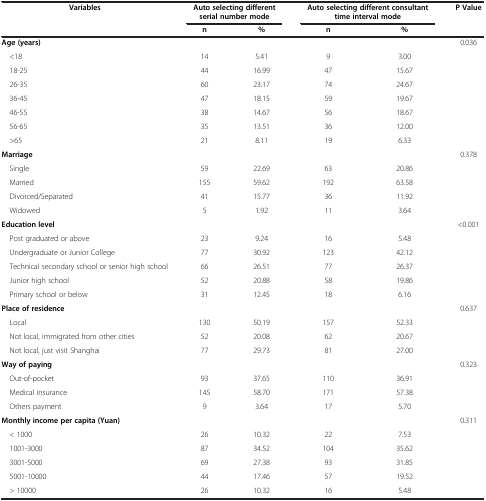
<table><thead><tr><td rowspan="2"><b>Variables</b></td><td colspan="2"><b>Auto selecting different serial number mode</b></td><td colspan="2"><b>Auto selecting different consultant time interval mode</b></td><td rowspan="2"><b>P Value</b></td></tr><tr><td><b>n</b></td><td><b>%</b></td><td><b>n</b></td><td><b>%</b></td></tr></thead><tbody><tr><td><b>Age (years)</b></td><td> </td><td> </td><td> </td><td> </td><td>0.036</td></tr><tr><td> &lt;18</td><td>14</td><td>5.41</td><td>9</td><td>3.00</td><td> </td></tr><tr><td> 18-25</td><td>44</td><td>16.99</td><td>47</td><td>15.67</td><td> </td></tr><tr><td> 26-35</td><td>60</td><td>23.17</td><td>74</td><td>24.67</td><td> </td></tr><tr><td> 36-45</td><td>47</td><td>18.15</td><td>59</td><td>19.67</td><td> </td></tr><tr><td> 46-55</td><td>38</td><td>14.67</td><td>56</td><td>18.67</td><td> </td></tr><tr><td> 56-65</td><td>35</td><td>13.51</td><td>36</td><td>12.00</td><td> </td></tr><tr><td> &gt;65</td><td>21</td><td>8.11</td><td>19</td><td>6.33</td><td> </td></tr><tr><td><b>Marriage</b></td><td> </td><td> </td><td> </td><td> </td><td>0.378</td></tr><tr><td> Single</td><td>59</td><td>22.69</td><td>63</td><td>20.86</td><td> </td></tr><tr><td> Married</td><td>155</td><td>59.62</td><td>192</td><td>63.58</td><td> </td></tr><tr><td> Divorced/Separated</td><td>41</td><td>15.77</td><td>36</td><td>11.92</td><td> </td></tr><tr><td> Widowed</td><td>5</td><td>1.92</td><td>11</td><td>3.64</td><td> </td></tr><tr><td><b>Education level</b></td><td> </td><td> </td><td> </td><td> </td><td>&lt;0.001</td></tr><tr><td> Post graduated or above</td><td>23</td><td>9.24</td><td>16</td><td>5.48</td><td> </td></tr><tr><td> Undergraduate or Junior College</td><td>77</td><td>30.92</td><td>123</td><td>42.12</td><td> </td></tr><tr><td> Technical secondary school or senior high school</td><td>66</td><td>26.51</td><td>77</td><td>26.37</td><td> </td></tr><tr><td> Junior high school</td><td>52</td><td>20.88</td><td>58</td><td>19.86</td><td> </td></tr><tr><td> Primary school or below</td><td>31</td><td>12.45</td><td>18</td><td>6.16</td><td> </td></tr><tr><td><b>Place of residence</b></td><td> </td><td> </td><td> </td><td> </td><td>0.637</td></tr><tr><td> Local</td><td>130</td><td>50.19</td><td>157</td><td>52.33</td><td> </td></tr><tr><td> Not local, immigrated from other cities</td><td>52</td><td>20.08</td><td>62</td><td>20.67</td><td> </td></tr><tr><td> Not local, just visit Shanghai</td><td>77</td><td>29.73</td><td>81</td><td>27.00</td><td> </td></tr><tr><td><b>Way of paying</b></td><td> </td><td> </td><td> </td><td> </td><td>0.323</td></tr><tr><td> Out-of-pocket</td><td>93</td><td>37.65</td><td>110</td><td>36.91</td><td> </td></tr><tr><td> Medical insurance</td><td>145</td><td>58.70</td><td>171</td><td>57.38</td><td> </td></tr><tr><td> Others payment</td><td>9</td><td>3.64</td><td>17</td><td>5.70</td><td> </td></tr><tr><td><b>Monthly income per capita (Yuan)</b></td><td> </td><td> </td><td> </td><td> </td><td>0.311</td></tr><tr><td> &lt; 1000</td><td>26</td><td>10.32</td><td>22</td><td>7.53</td><td> </td></tr><tr><td> 1001-3000</td><td>87</td><td>34.52</td><td>104</td><td>35.62</td><td> </td></tr><tr><td> 3001-5000</td><td>69</td><td>27.38</td><td>93</td><td>31.85</td><td> </td></tr><tr><td> 5001-10000</td><td>44</td><td>17.46</td><td>57</td><td>19.52</td><td> </td></tr><tr><td> &gt; 10000</td><td>26</td><td>10.32</td><td>16</td><td>5.48</td><td> </td></tr></tbody></table>